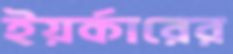
ইয়র্কারের